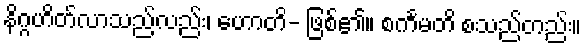
နိဂ္ဂဟိတ်လာသည်လည်း၊ ဟောတိ- ဖြစ်၏။ စင်္ကမတိ စသည်တည်း။